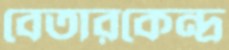
বেতারকেন্দ্র